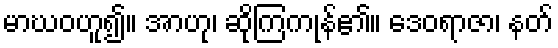
မာဃဝဟူ၍။ အာဟု၊ ဆိုကြကုန်၏။ ဒေဝရာဇာ၊ နတ်